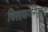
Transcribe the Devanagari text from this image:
चित्तत्यागनियुक्तश्च